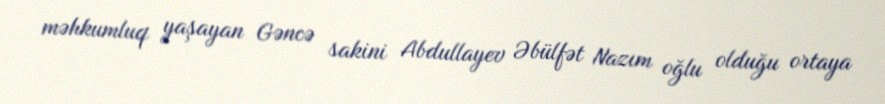
məhkumluq yaşayan Gəncə sakini Abdullayev Əbülfət Nazım oğlu olduğu ortaya